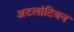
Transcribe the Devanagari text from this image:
अटलांटियन